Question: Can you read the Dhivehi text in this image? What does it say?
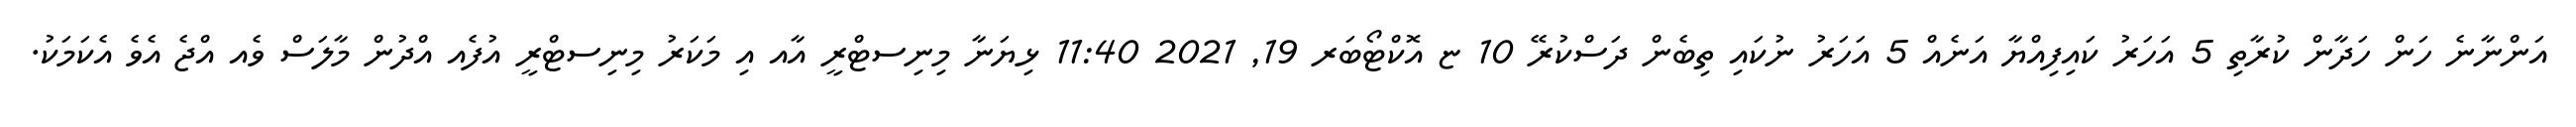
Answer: އަންނާނެ ހަން ހަދާން ކުރާތި 5 އަހަރު ކައިފިއްޔާ އަނެއް 5 އަހަރު ނުކައި ތިބެން ދަސްކުރޭ 10 ޏ އޮކްޓޯބަރ 19, 2021 11:40 ޅިޔަނާ މިނިސޓްރީ އާއ އި މަކަރު މިނިސޓްރީ އުފެއ އްދުން މާލަސް ވެއ އްޖެ އެވެ އެކަމަކު.